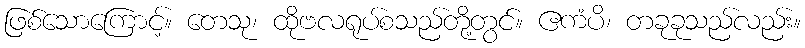
ဖြစ်သောကြောင့်။ တေသု၊ ထိုဗလရုပ်စသည်တို့တွင်။ ဧကံပိ၊ တခုခုသည်လည်း။